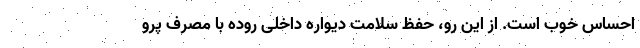
احساس خوب است. از این رو، حفظ سلامت دیواره داخلی روده با مصرف پرو